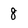
Character: 8